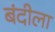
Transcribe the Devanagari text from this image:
बंदीला